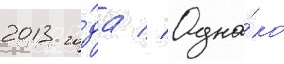
2013 го́да // Одна́ко